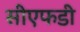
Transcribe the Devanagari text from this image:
सीएफडी